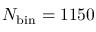
N _ { \mathrm { b i n } } = 1 1 5 0